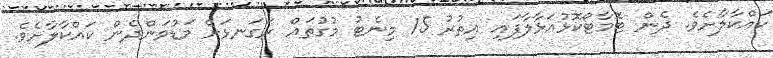
ކައްކާލާށެވެ. ދެން ޓޮމާޓޯކޮޅުއަޅާލާފައި އިތުރު 15 މިނެޓު މުގުތައް ރަގަނޅަށް މަޑުވަންދެން ކައްކާލާށެވެ.